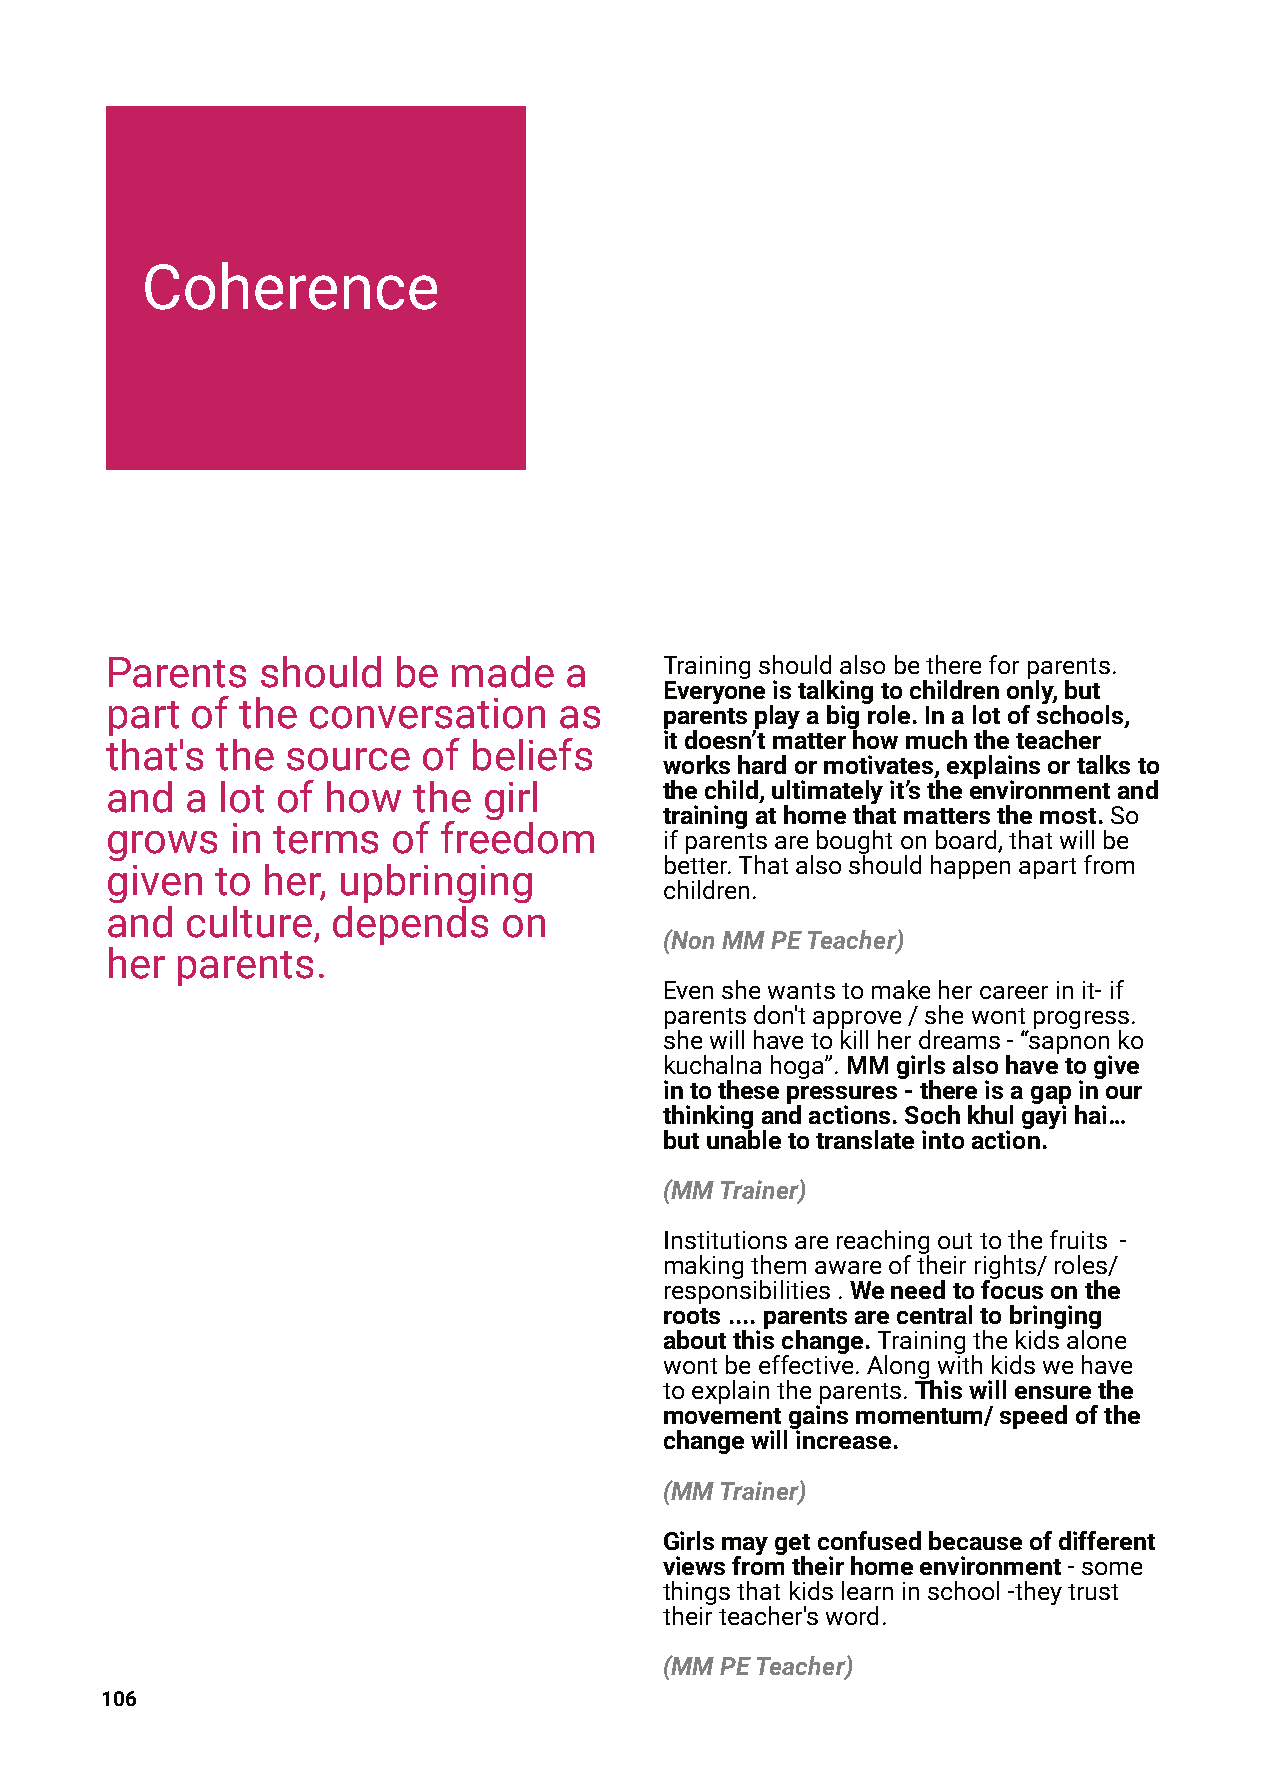
Coherence
 Parents   should   be  made   a      Trainingshouldalsobethereforparents.
 Everyoneistalkingtochildrenonly,but
 part  of the conversation     as
 parentsplayabigrole.Inalotofschools,
 itdoesn’tmatterhowmuchtheteacher
 that's the  source   of beliefs
 workshardormotivates,explainsortalksto
 and  a lot of  how  the  girl        thechild,ultimatelyit’stheenvironmentand
 trainingathomethatmattersthemost.So
 grows   in terms   of freedom
 ifparentsareboughtonboard,thatwillbe
 better.Thatalsoshouldhappenapartfrom
 given  to her, upbringing
 children.
 and  culture,  depends    on
 (NonMMPETeacher)
 her  parents.
 Evenshewantstomakehercareerinit-if
 parentsdon'tapprove/shewontprogress.
 shewillhavetokillherdreams-“sapnonko
 kuchalnahoga”.MMgirlsalsohavetogive
 intothesepressures-thereisagapinour
 thinkingandactions.Sochkhulgayihai…
 butunabletotranslateintoaction.
 (MMTrainer)
 Institutionsarereachingouttothefruits -
 makingthemawareoftheirrights/roles/
 responsibilities.Weneedtofocusonthe
 roots....parentsarecentraltobringing
 aboutthischange.Trainingthekidsalone
 wontbeeffective.Alongwithkidswehave
 toexplaintheparents.Thiswillensurethe
 movementgainsmomentum/speedofthe
 changewillincrease.
 (MMTrainer)
 Girlsmaygetconfusedbecauseofdifferent
 viewsfromtheirhomeenvironment-some
 thingsthatkidslearninschool-theytrust
 theirteacher'sword.
 (MMPETeacher)
 106